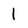
Character: 1